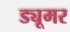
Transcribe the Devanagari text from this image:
ड्यूमर